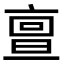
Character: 亶